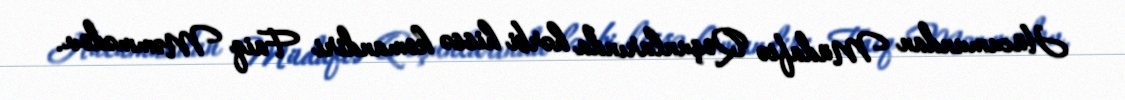
Hücumundan Müdafiə Qoşunlarında hərbi hissə komandiri Faiq Məmmədov.